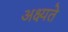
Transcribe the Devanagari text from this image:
अक्ष्यते